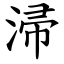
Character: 㴆